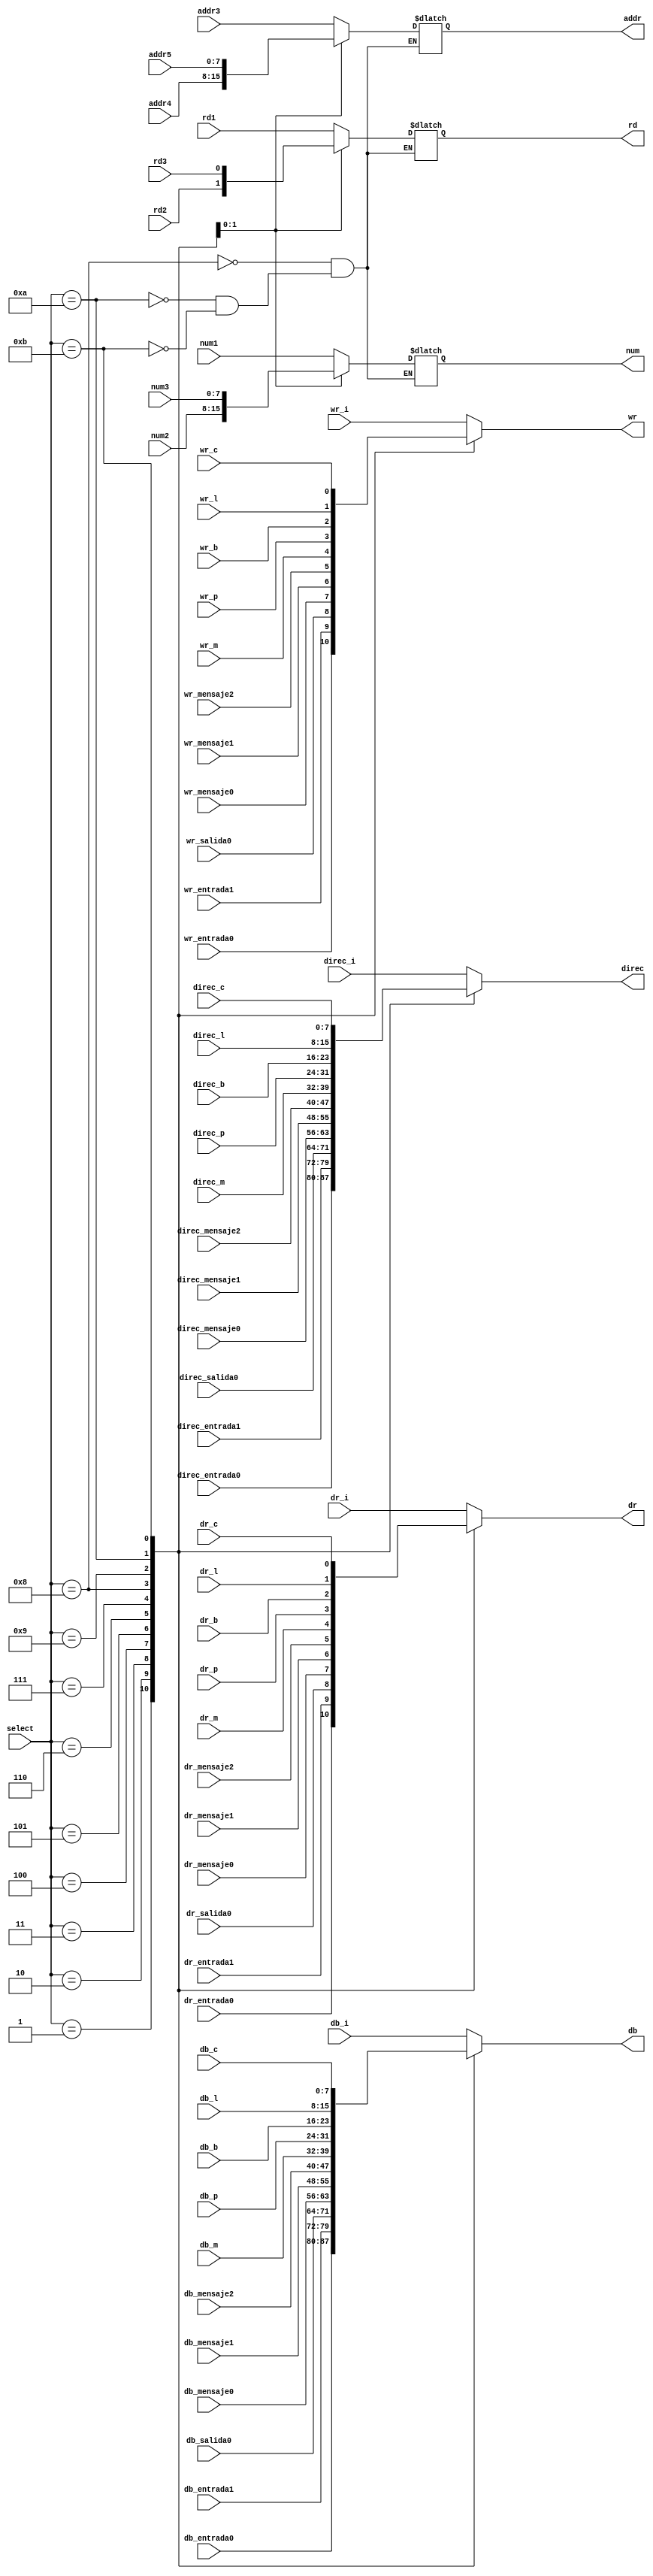
module mux(
	input [3:0] select,
	input [7:0] num1,
	input [7:0] num2,
	input [7:0] num3,
	input [7:0] addr3,
	input [7:0] addr4,
	input [7:0] addr5,
	input rd1,
	input rd2,
	input rd3,
	input wr_b,
	input dr_b,
	input wr_l,
	input dr_l,
	input wr_c,
	input dr_c,
	input [7:0] direc_l,
	input [7:0] db_l,
	input [7:0] direc_b,
	input [7:0] db_b,
	input [7:0] db_p,
	input [7:0] direc_p,
	input [7:0] db_c,
	input [7:0] direc_c,
	input [7:0] db_i,
	input [7:0] direc_i,
	input [7:0] db_entrada0,
	input [7:0] direc_entrada0,
	input [7:0] db_entrada1,
	input [7:0] direc_entrada1,
	input [7:0] db_salida0,
	input [7:0] direc_salida0,
	input [7:0] db_mensaje0,
	input [7:0] direc_mensaje0,
	input [7:0] db_mensaje1,
	input [7:0] direc_mensaje1,
	input [7:0] db_mensaje2,
	input [7:0] direc_mensaje2,
	input [7:0] db_m,
	input [7:0] direc_m,
	input wr_i,
	input dr_i,
	input wr_entrada0,
	input dr_entrada0,
	input wr_entrada1,
	input dr_entrada1,
	input wr_salida0,
	input dr_salida0,
	input wr_mensaje0,
	input dr_mensaje0,
	input wr_mensaje1,
	input dr_mensaje1,
	input wr_mensaje2,
	input dr_mensaje2,
	input wr_m,
	input dr_m,
	input wr_p,
	input dr_p,
	output reg [7:0] db,
	output reg [7:0] direc,
	output reg wr,
	output reg dr,
	output reg [7:0] addr,
	output reg [7:0] num,
	output reg rd
	);
	
	always@( * )
	begin
	
	case( select )

	    default:
	    begin
	        wr = wr_i;
		dr = dr_i;
		db = db_i;
		direc = direc_i;   
	    end
	    1:
	    begin
	        wr = wr_entrada0;
		dr = dr_entrada0;
		db = db_entrada0;
		direc = direc_entrada0;   
	    end
	    2:
	    begin
	        wr = wr_entrada1;
		dr = dr_entrada1;
		db = db_entrada1;
		direc = direc_entrada1;   
	    end
	    3:
	    begin
	        wr = wr_salida0;
		dr = dr_salida0;
		db = db_salida0;
		direc = direc_salida0;   
	    end
	    4:
	    begin
	        wr = wr_mensaje0;
		dr = dr_mensaje0;
		db = db_mensaje0;
		direc = direc_mensaje0;   
	    end
	    5:
	    begin
	        wr = wr_mensaje1;
		dr = dr_mensaje1;
		db = db_mensaje1;
		direc = direc_mensaje1;   
	    end
	    6:
	    begin
	        wr = wr_mensaje2;
		dr = dr_mensaje2;
		db = db_mensaje2;
		direc = direc_mensaje2;   
	    end
	    7:
	    begin
		wr = wr_m;
		dr = dr_m;
		db = db_m;
		direc = direc_m; 
	    end
	    8:
	    begin
		wr = wr_p;
		dr = dr_p;
		db = db_p;
		direc = direc_p; 
	    	rd = rd1;
		addr = addr3;
	        num = num1;
	    end	
	    9:
	    begin
		wr = wr_b;
		dr = dr_b;
		db = db_b;
		direc = direc_b; 
	    end
	    10:
	    begin
		wr = wr_l;
		dr = dr_l;
		db = db_l;
		direc = direc_l; 
		rd = rd2;
		addr = addr4;
		num = num2;
	    end
	    11:
	    begin
		wr = wr_c;
		dr = dr_c;
		db = db_c;
		direc = direc_c; 
		rd = rd3;
		addr = addr5;
		num = num3;
	    end
	
	endcase
	end

endmodule